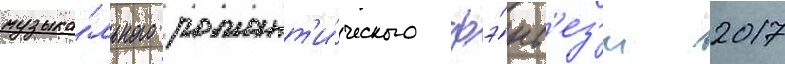
музыка́льного романт'и́ческого фэ́нт'ез'и 2017